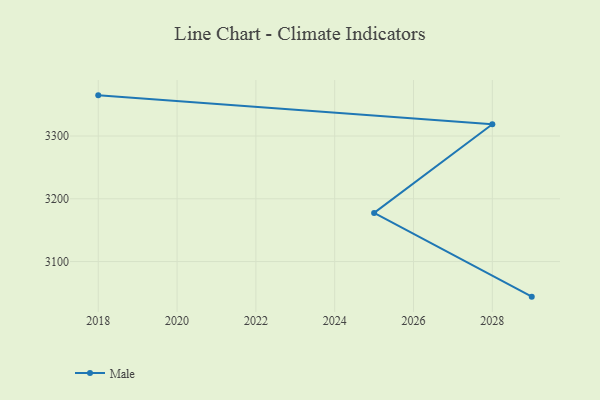
{"axis": {"x": "Year", "y": "Latency (ms)"}, "legend": ["Male"], "data": [{"x": "2018", "y": 3364.8, "type": "Male"}, {"x": "2028", "y": 3318.8, "type": "Male"}, {"x": "2025", "y": 3177.5, "type": "Male"}, {"x": "2029", "y": 3044.1, "type": "Male"}]}